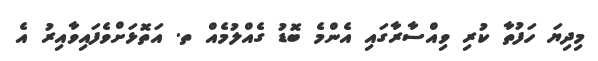
މިދިޔަ ހަފުތާ ކުރި ވިއްސާރާގައި އެންމެ ބޮޑު ގެއްލުމެއް ތ. އަތޮޅަށްވެފައިވާއިރު އެ